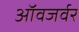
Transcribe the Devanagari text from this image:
ऑवजर्वर